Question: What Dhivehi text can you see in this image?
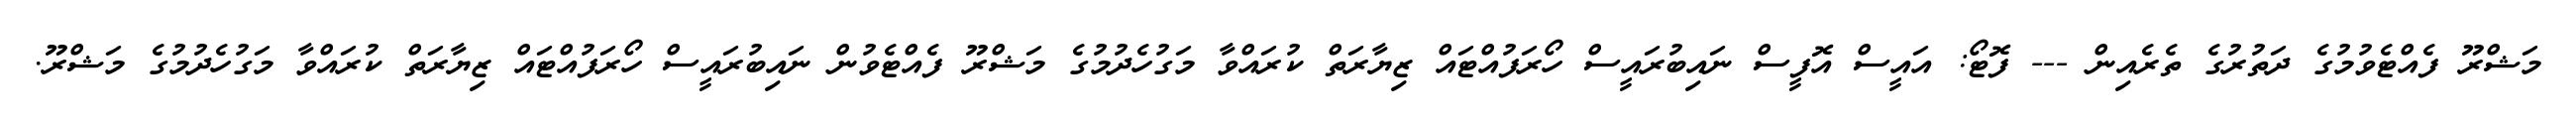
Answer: މަޝްރޫ ފެއްޓެވުމުގެ ދަތުރުގެ ތެރެއިން --- ފޮޓޯ: އައީސް އޮފީސް ނައިބުރައީސް ހޯރަފުއްޓައް ޒިޔާރަތް ކުރައްވާ މަގުހެދުމުގެ މަޝްރޫ ފެއްޓެވުން ނައިބުރައީސް ހޯރަފުއްޓައް ޒިޔާރަތް ކުރައްވާ މަގުހެދުމުގެ މަޝްރޫ.